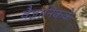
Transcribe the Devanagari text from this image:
वैज्ञानिकके